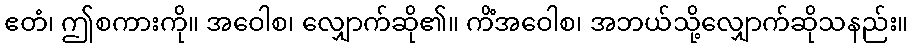
ဧတံ၊ ဤစကားကို။ အဝေါစ၊ လျှောက်ဆို၏။ ကိံအဝေါစ၊ အဘယ်သို့လျှောက်ဆိုသနည်း။